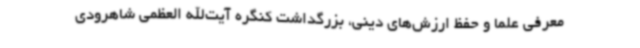
معرفی علما و حفظ ارزش‌های دینی، بزرگداشت کنگره آیت‌الله العظمی شاهرودی